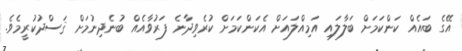
އޭގެ ބައެއް ކަންކަމަށް ބަލާލައި އަމިއްލައަށް އެކަންކަމަށް ކުރެވިދާނެ ފަރުވާއެއް ބުނެދިނުމަށް ޤަސްދުކުރީމެވެ.